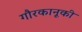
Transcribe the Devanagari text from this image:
गौरकानूकी